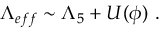
\Lambda _ { e f f } \sim \Lambda _ { 5 } + U ( \phi ) \ .